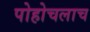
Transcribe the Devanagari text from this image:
पोहोचलाच